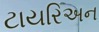
ટાયરિઅન